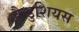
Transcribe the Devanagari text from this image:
कैडुशियस